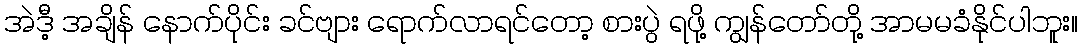
အဲဒီ့ အချိန် နောက်ပိုင်း ခင်ဗျား ရောက်လာရင်တော့ စားပွဲ ရဖို့ ကျွန်တော်တို့ အာမမခံနိုင်ပါဘူး။